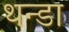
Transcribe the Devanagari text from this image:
थन्डा